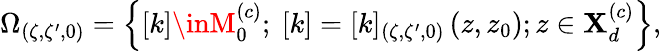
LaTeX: \Omega_{(\zeta,\zeta^{\prime},0)}=\left\{ [k]\inM_{0}^{\left(c\right)};\ [k]=[k]_{(\zeta,\zeta^{\prime},0)}\left(z,z_{0}\right);z\in\mathbf{X}_{d}^{\left(c\right)}\right\} ,